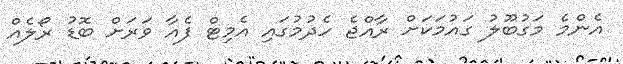
އެންމެ މަގުބޫލު ގައުމަކަށް ރާއްޖެ ހެދުމުގައި އެމިޓް ފެއާ ވަރަށް ބޮޑު ރޯލެއް